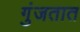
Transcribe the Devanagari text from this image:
गुंजतात